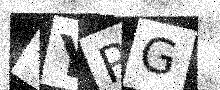
Text: 4YPG